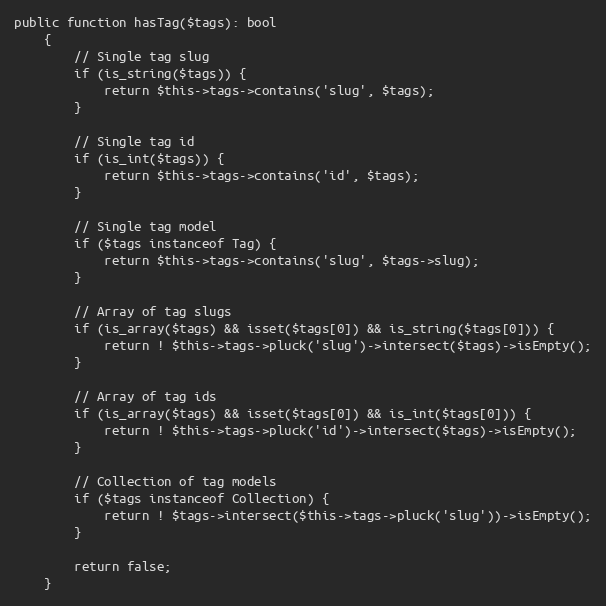
Language: PHP
public function hasTag($tags): bool
    {
        // Single tag slug
        if (is_string($tags)) {
            return $this->tags->contains('slug', $tags);
        }

        // Single tag id
        if (is_int($tags)) {
            return $this->tags->contains('id', $tags);
        }

        // Single tag model
        if ($tags instanceof Tag) {
            return $this->tags->contains('slug', $tags->slug);
        }

        // Array of tag slugs
        if (is_array($tags) && isset($tags[0]) && is_string($tags[0])) {
            return ! $this->tags->pluck('slug')->intersect($tags)->isEmpty();
        }

        // Array of tag ids
        if (is_array($tags) && isset($tags[0]) && is_int($tags[0])) {
            return ! $this->tags->pluck('id')->intersect($tags)->isEmpty();
        }

        // Collection of tag models
        if ($tags instanceof Collection) {
            return ! $tags->intersect($this->tags->pluck('slug'))->isEmpty();
        }

        return false;
    }